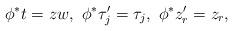
LaTeX: \begin{align*}\phi^*t=zw,\ \phi^*\tau_j'=\tau_j,\ \phi^*z_r'=z_r,\end{align*}